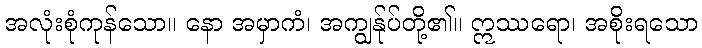
အလုံးစုံကုန်သော။ နော အမှာကံ၊ အကျွန်ုပ်တို့၏။ ဣဿရော၊ အစိုးရသော